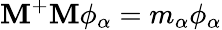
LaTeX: \mathbf{M}^{+}\mathbf{M}\phi_{\alpha}=m_{\alpha}\phi_{\alpha}